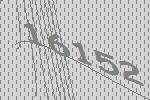
16152